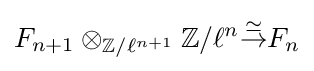
F_{n+1}\otimes _{\mathbb {Z} /\ell ^{n+1}}\mathbb {Z} /\ell ^{n}{\overset {\simeq }{\to }}F_{n}